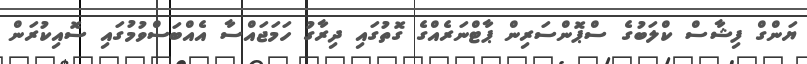
ޔަންގް ފިޝާސް ކްލަބުގެ ސްޕޮންސަރިން ޕާޓްނަރެއްގެ ގޮތުގައި ދިރާގު ހަމަޖައްސާ އެއްބަސްވުމުގައި ސޮއިކުރަން